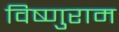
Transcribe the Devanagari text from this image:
विष्णुराम